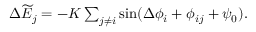
\begin{array} { r } { \Delta \widetilde { \cal E } _ { j } = - { \cal K } \sum _ { j \neq i } \sin ( \Delta \phi _ { i } + \phi _ { i j } + \psi _ { 0 } ) . } \end{array}